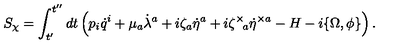
S _ { \chi } = \int _ { t ^ { \prime } } ^ { t ^ { \prime \prime } } d t \left( p _ { i } \dot { q } ^ { i } + \mu _ { a } \dot { \lambda } ^ { a } + i \zeta _ { a } \dot { \eta } ^ { a } + i \zeta ^ { \times } { \! } _ { a } \dot { \eta } ^ { \times a } - H - i \{ \Omega , \phi \} \right) .